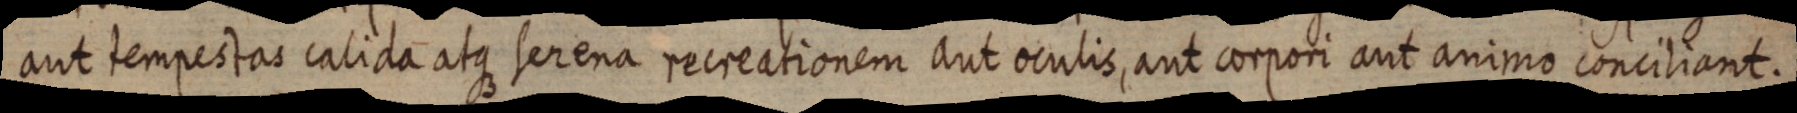
aut tempestas calida atque serena recreationem aut oculis, aut corpori aut animo conciliant.